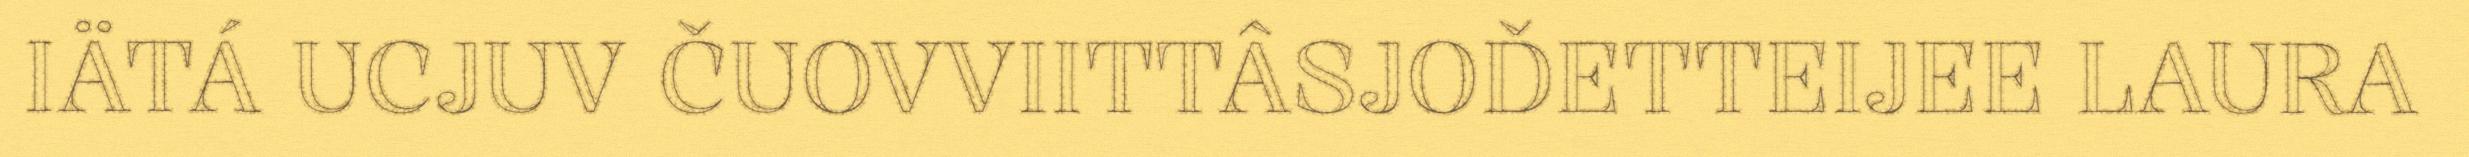
IÄTÁ UCJUV ČUOVVIITTÂSJOĐETTEIJEE LAURA